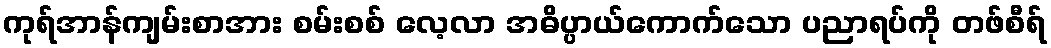
ကုရ်အာန်ကျမ်းစာအား စမ်းစစ် လေ့လာ အဓိပ္ပာယ်ကောက်သော ပညာရပ်ကို တဖ်စီရ်